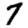
Digit: 7